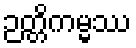
ဉတ္တိကမ္မဿ